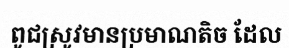
ពូជស្រូវមានប្រមាណតិច ដែល